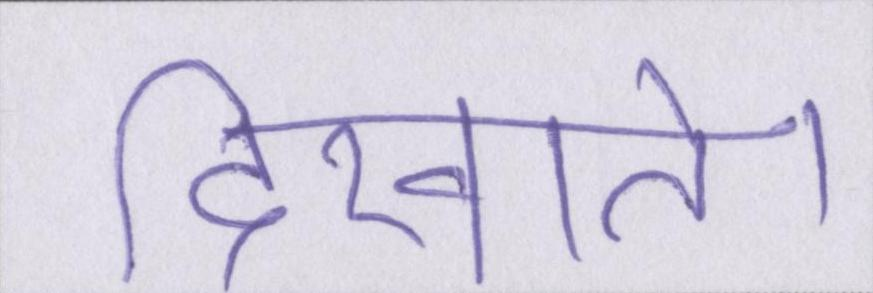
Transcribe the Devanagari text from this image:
दिखाते।